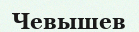
Чевышев